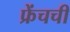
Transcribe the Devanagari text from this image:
फ्रेंचची